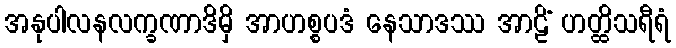
အနုပါလနလက္ခဏာဒိမှိ အာဟစ္စပဒံ နေသာဒဿ အာဠိံ ဟတ္ထိသရီရံ